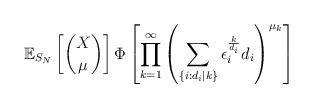
LaTeX: \begin{align*} \mathbb{E}_{S_N}\left[\binom{X}{\mu}\right]\Phi\left[\prod_{k=1}^{\infty}\left(\sum_{\{i: d_i|k\}}\epsilon_i^{\frac{k}{d_i}}d_i\right)^{\mu_k}\right]\end{align*}